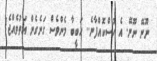
ނޫނޭ ނޫނޭ. އެ ހުސްކޮއްފާނެ.. ހަބީބާ މެންވެސް ގަނެގެން އަތުވެއްޖެ!